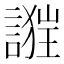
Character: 𧪴